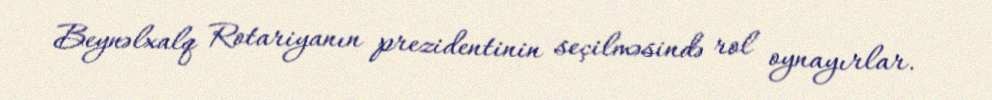
Beynəlxalq Rotariyanın prezidentinin seçilməsində rol oynayırlar.